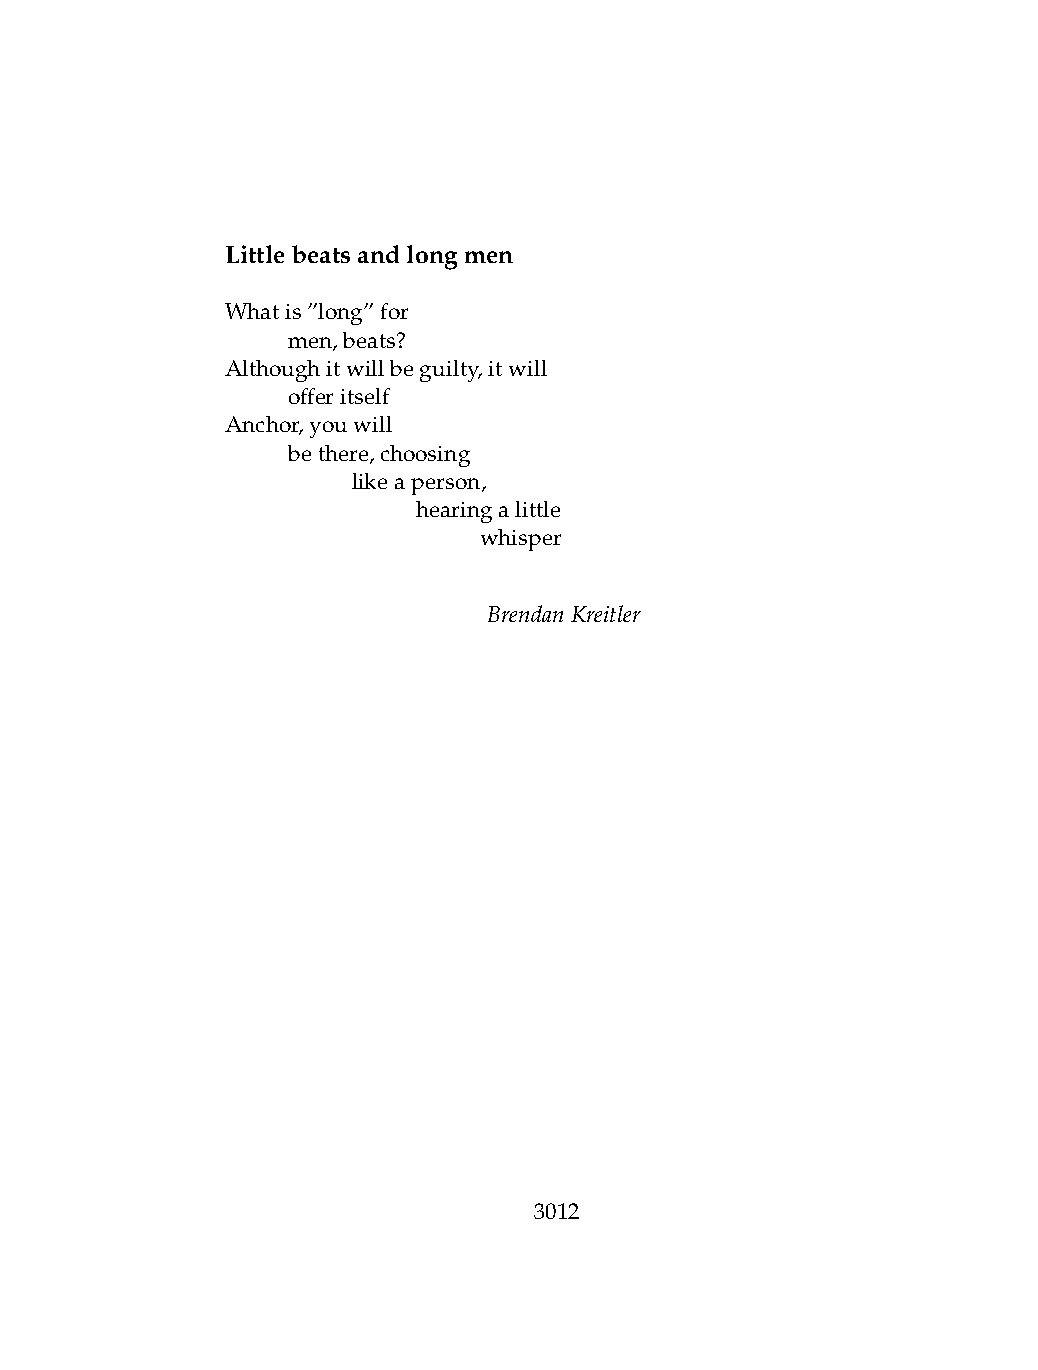
Littlebeatsandlongmen
 Whatis”long”for
 .   men,beats?
 Althoughitwillbeguilty,itwill
 .   offeritself
 Anchor,youwill
 .   bethere,choosing
 .   .   likeaperson,
 .   .   .    hearingalittle
 .   .   .    .   whisper
 BrendanKreitler
 3012